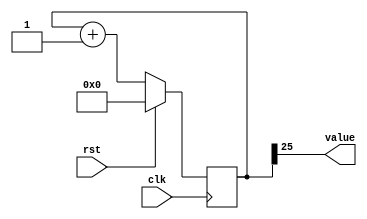
/*
   This file was generated automatically by Alchitry Labs version 1.2.7.
   Do not edit this file directly. Instead edit the original Lucid source.
   This is a temporary file and any changes made to it will be destroyed.
*/

/*
   Parameters:
     SIZE = 1
     DIV = 25
     TOP = 0
     UP = 1
*/
module counter_2 (
    input clk,
    input rst,
    output reg [0:0] value
  );
  
  localparam SIZE = 1'h1;
  localparam DIV = 5'h19;
  localparam TOP = 1'h0;
  localparam UP = 1'h1;
  
  
  reg [25:0] M_ctr_d, M_ctr_q = 1'h0;
  
  localparam MAX_VALUE = 26'h1ffffff;
  
  always @* begin
    M_ctr_d = M_ctr_q;
    
    value = M_ctr_q[25+0-:1];
    if (1'h1) begin
      M_ctr_d = M_ctr_q + 1'h1;
      if (1'h0 && M_ctr_q == 26'h1ffffff) begin
        M_ctr_d = 1'h0;
      end
    end else begin
      M_ctr_d = M_ctr_q - 1'h1;
      if (1'h0 && M_ctr_q == 1'h0) begin
        M_ctr_d = 26'h1ffffff;
      end
    end
  end
  
  always @(posedge clk) begin
    if (rst == 1'b1) begin
      M_ctr_q <= 1'h0;
    end else begin
      M_ctr_q <= M_ctr_d;
    end
  end
  
endmodule